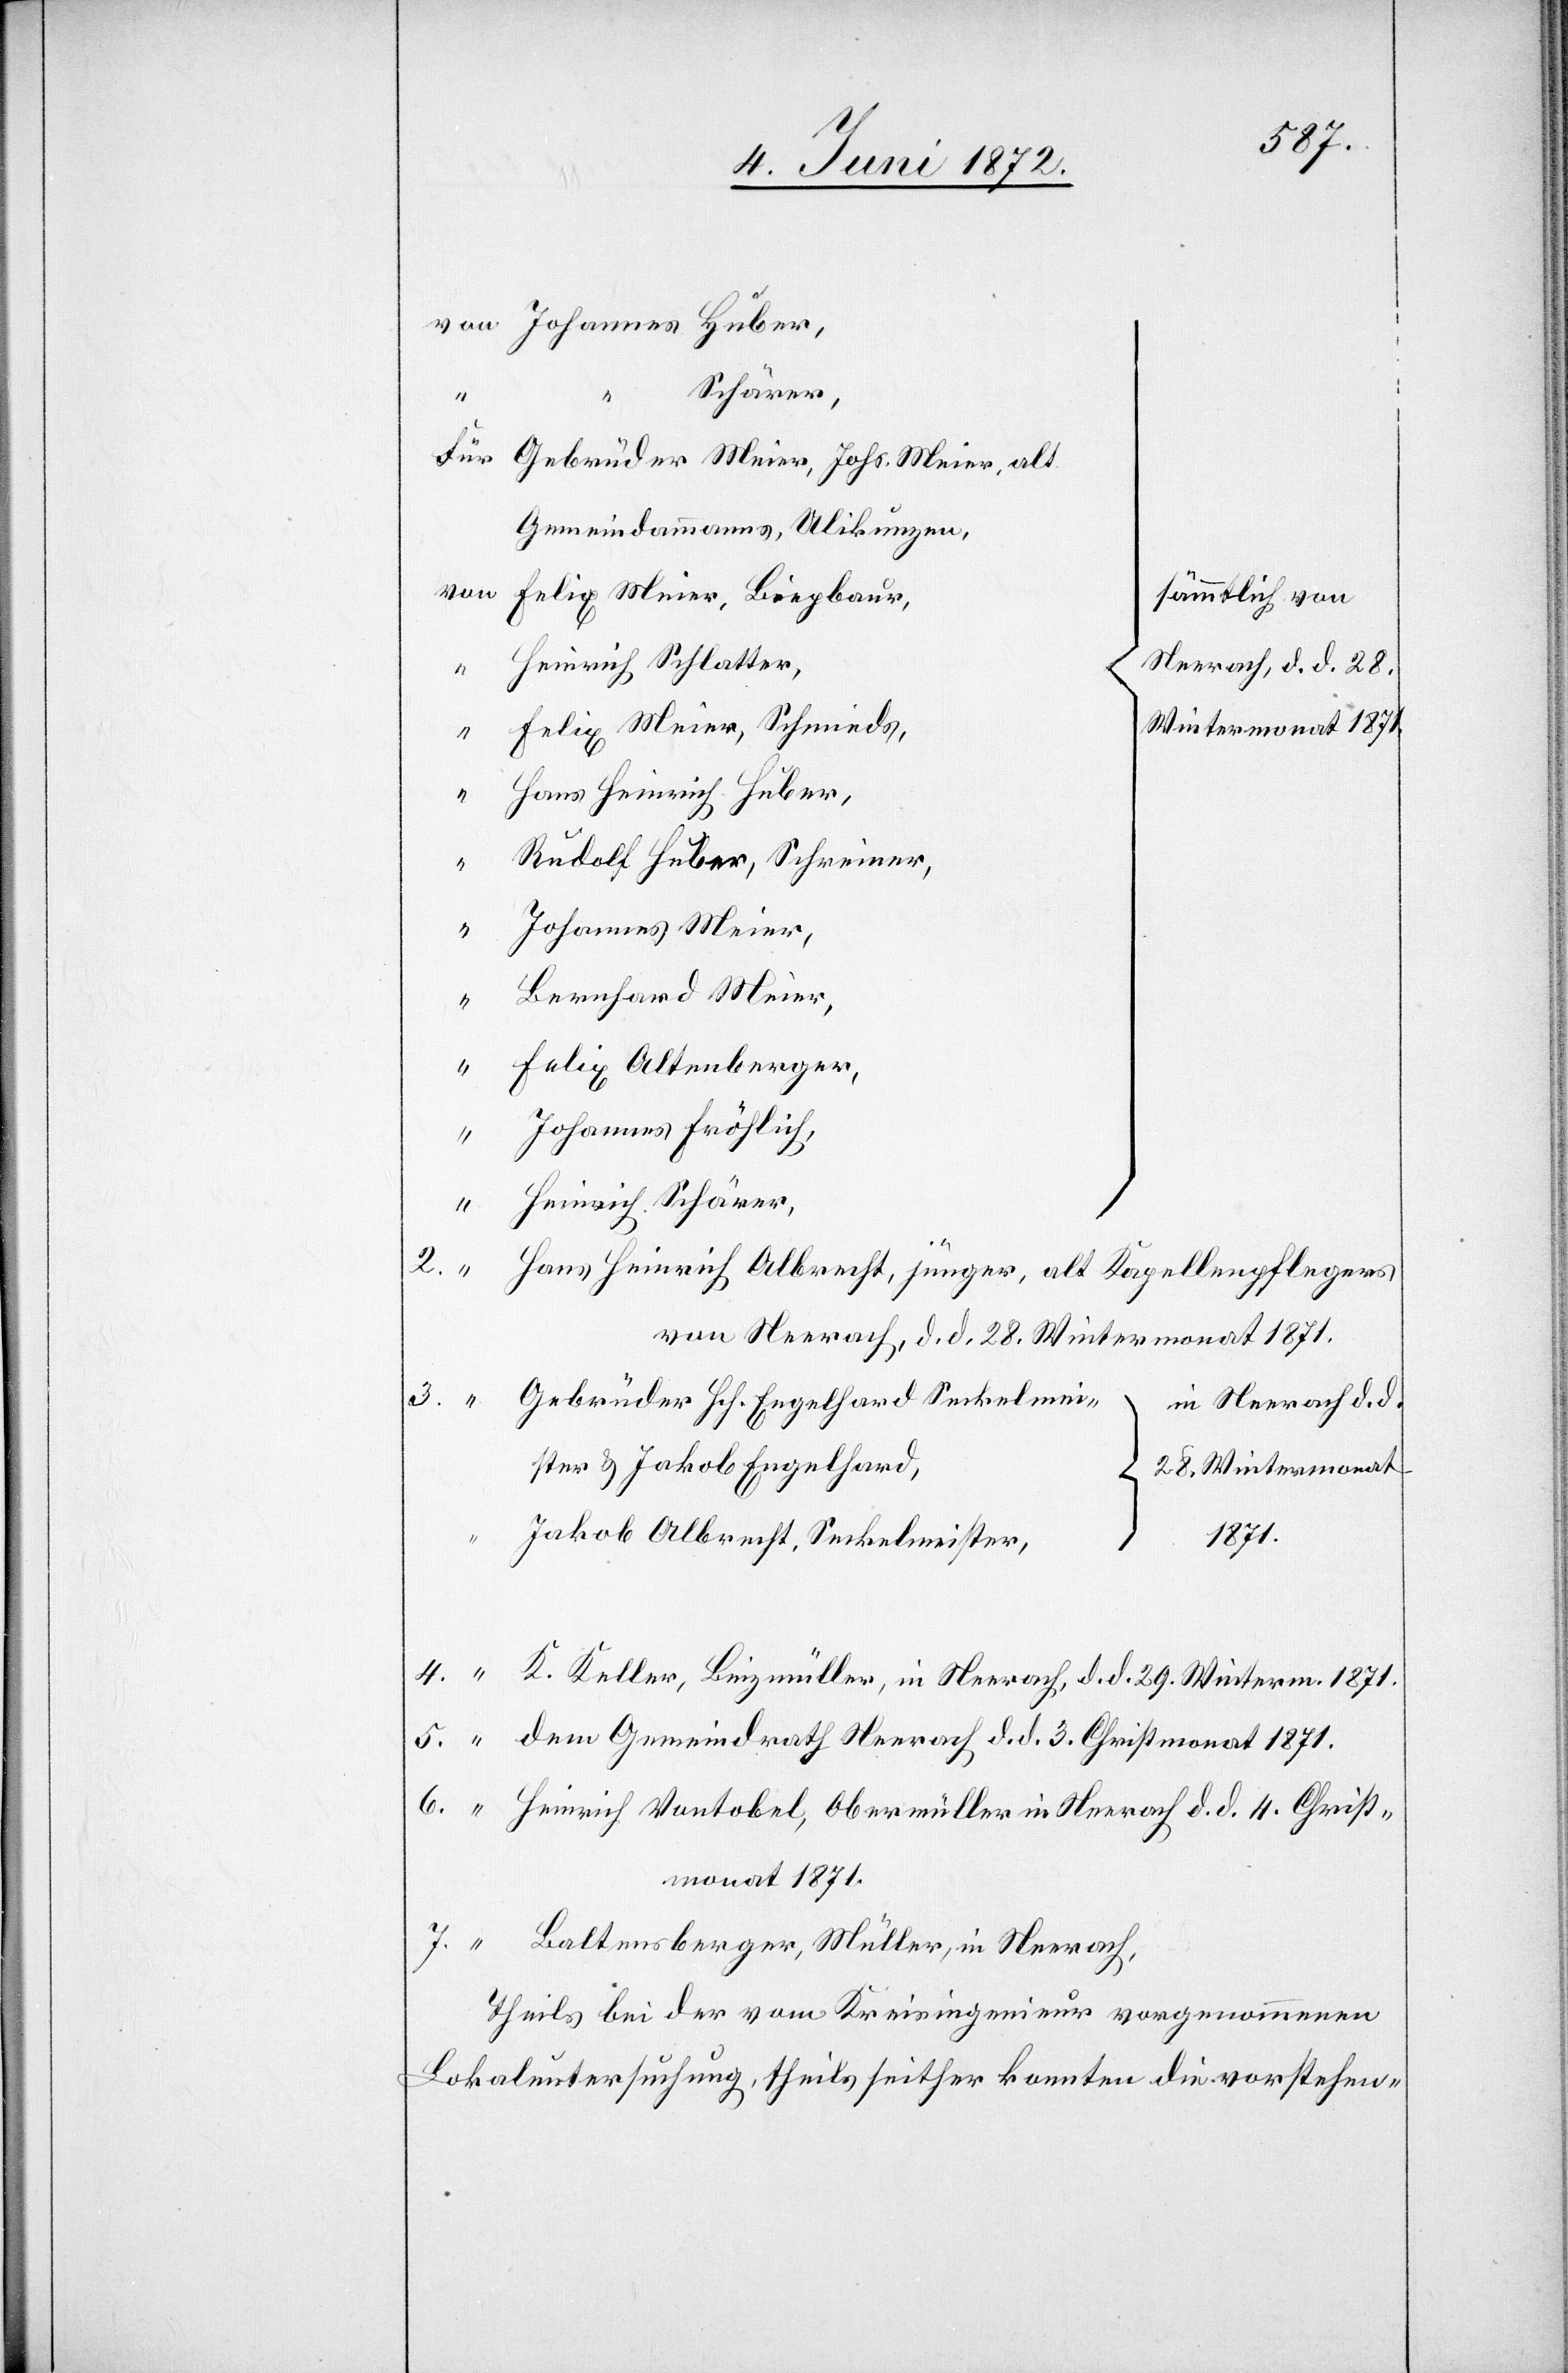
Johannes Huber,
Schärer,
Gebrüder Meier, Johs. Meier, alt
Gemeindammanns, Ulikunzen,
Heinrich Schlatter,
Felix Meier, Schmieds,
“
Hans Heinrich Huber,
“
Rudolf Huber, Schreiner,
“
Johannes Meier,
Bernhard Meier,
Felix Altenberger,
Johannes Fröhlich,
4.
Heinrich Schärer,
2.
Hans Heinrich Albrecht, jünger, alt Kapellenpflegers
von Neerach, d. d. 28. Wintermonat 1871.
Gebrüder Hch. Engelhard Seckelmei¬
in Neerach d. d.
ster u. Jakob Engelhard,
28. Wintermonat
7.
1871.
Jakob Albrecht, Seckelmeister,
K. Keller, Binzmüller, in Neerach, d. d. 29. Winterm. 1871.
dem Gemeindrath Neerach d. d. 3. Christmonat 1871.
Heinrich Vontobel, Obermüller in Neerach d. d. 4. Christ¬
monat 1871.
Baltensberger, Müller, in Neerach,
theils bei der vom Kreisingenieur vorgenommenen
Lokaluntersuchung, theils seither konnten die vorstehen-